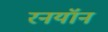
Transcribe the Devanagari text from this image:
रनयॉन